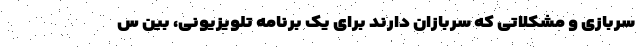
سربازی و مشکلاتی که سربازان دارند برای یک برنامه تلویزیونی، بین س